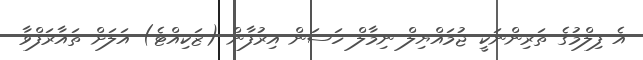
އެ ފިލްމުގެ ތަރިންނަކީ ޖުމައްޔިލް ނިމާލް ހަސަން އިރުފާން (ޒަކިއްޓެ) އަލަށް ތައާރަފްވާ